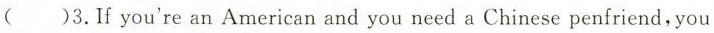
( )3. If you're an American and you need a Chinese penfriend，you